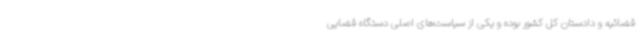
قضائیه و دادستان کل کشور بوده و یکی از سیاست‌های اصلی دستگاه قضایی